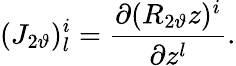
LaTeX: (J_{2\vartheta})_{l}^{i}=\frac{\partial(R_{2\vartheta}z)^{i}}{\partial z^{l}}.